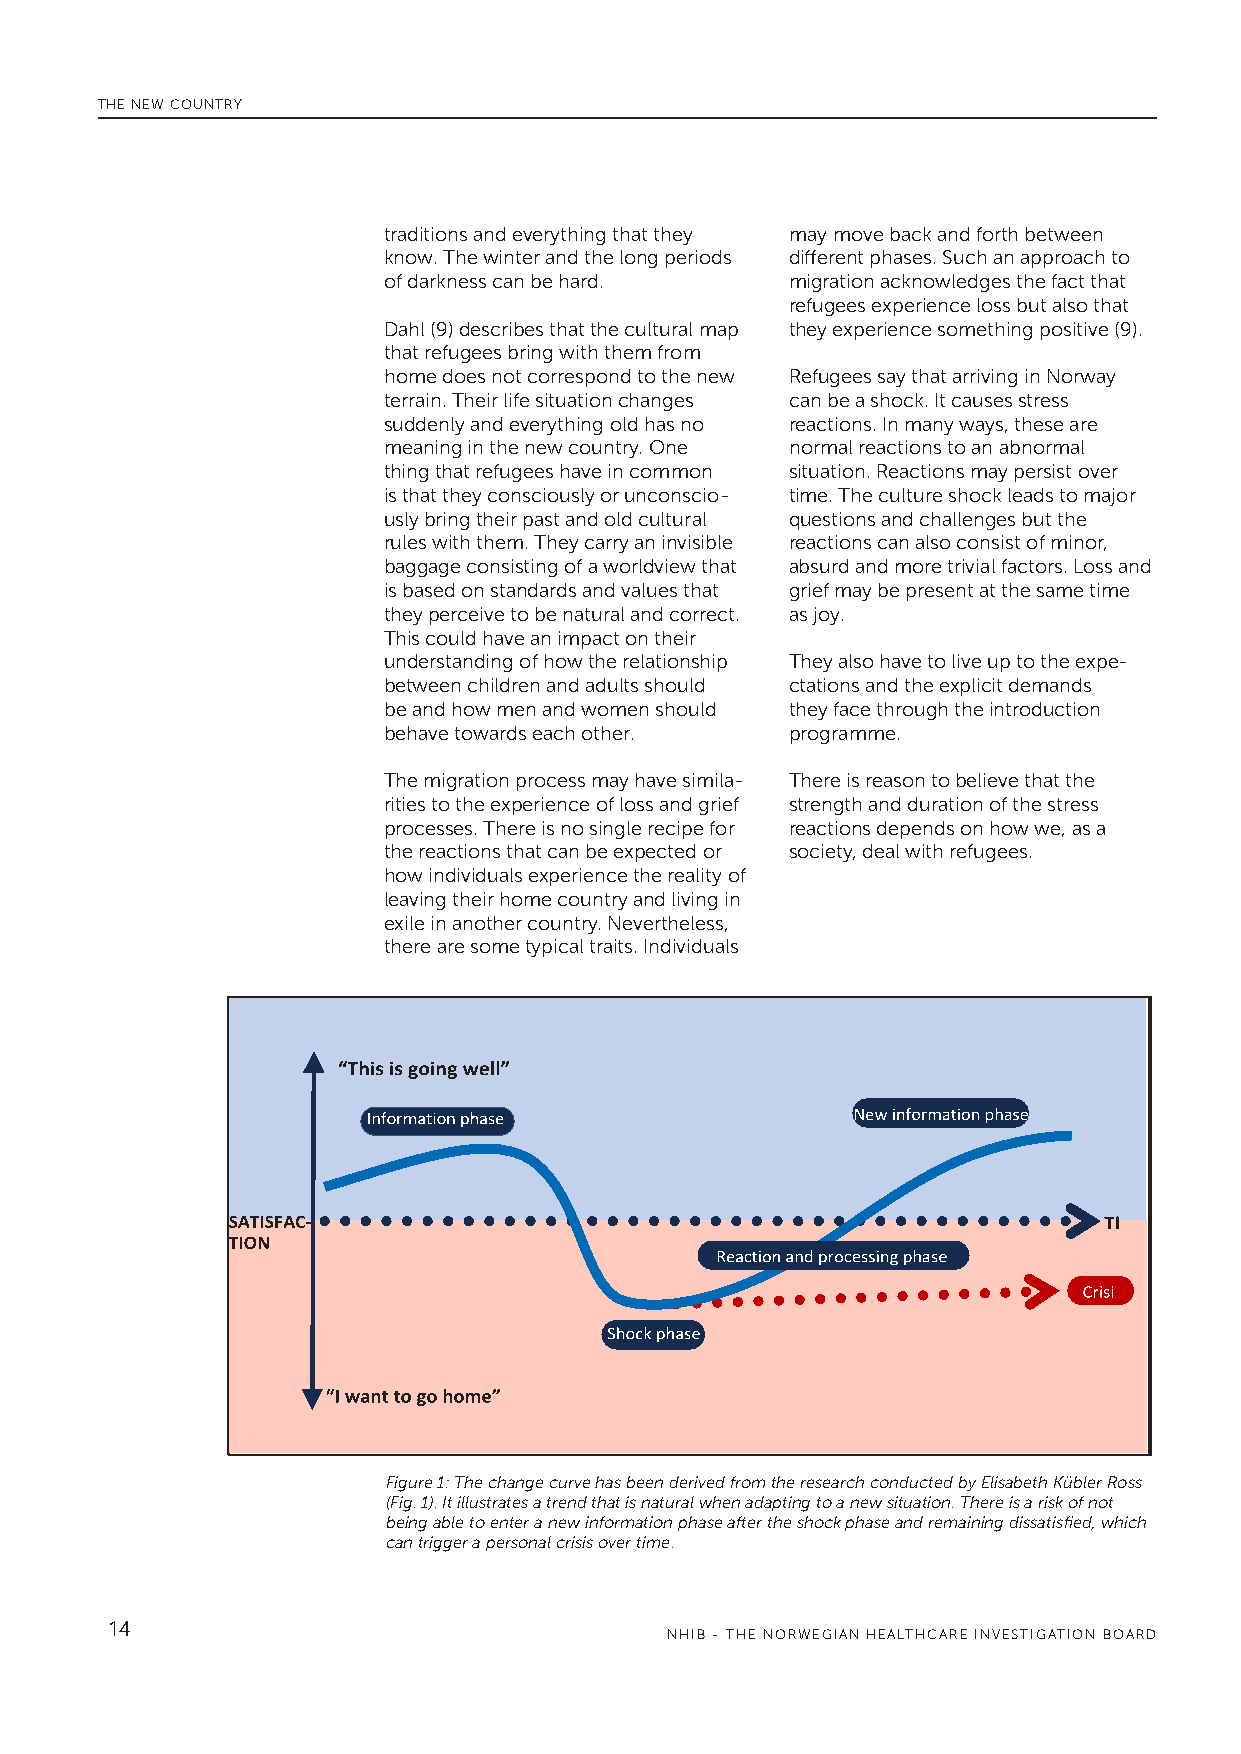
THE NEW COUNTRY
 traditions and everything that they may move back and forth between
 know. The winter and the long periods different phases. Such an approach to
 of darkness can be hard.   migration acknowledges the fact that
 refugees experience loss but also that
 Dahl (9) describes that the cultural map they experience something positive (9).
 that refugees bring with them from
 home does not correspond to the new Refugees say that arriving in Norway
 terrain. Their life situation changes can be a shock. It causes stress
 suddenly and everything old has no reactions. In many ways, these are
 meaning in the new country. One normal reactions to an abnormal
 thing that refugees have in common situation. Reactions may persist over
 is that they consciously or unconscio- time. The culture shock leads to major
 usly bring their past and old cultural questions and challenges but the
 rules with them. They carry an invisible reactions can also consist of minor,
 baggage consisting of a worldview that absurd and more trivial factors. Loss and
 is based on standards and values that grief may be present at the same time
 they perceive to be natural and correct. as joy.
 This could have an impact on their
 understanding of how the relationship They also have to live up to the expe-
 between children and adults should ctations and the explicit demands
 be and how men and women should they face through the introduction
 behave towards each other. programme.
 The migration process may have simila- There is reason to believe that the
 rities to the experience of loss and grief strength and duration of the stress
 processes. There is no single recipe for reactions depends on how we, as a
 the reactions that can be expected or society, deal with refugees.
 how individuals experience the reality of
 leaving their home country and living in
 exile in another country. Nevertheless,
 there are some typical traits. Individuals
 Figure 1: The change curve has been derived from the research conducted by Elisabeth Kübler Ross
 (Fig. 1). It illustrates a trend that is natural when adapting to a new situation. There is a risk of not
 being able to enter a new information phase after the shock phase and remaining dissatisfied, which
 can trigger a personal crisis over time.
 14
 NHIB - THE NORWEGIAN HEALTHCARE INVESTIGATION BOARD